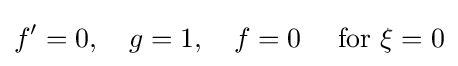
f'=0,\quad g=1,\quad f=0\quad {\text{ for }}\xi =0